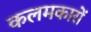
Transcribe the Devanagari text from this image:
कलमकारों